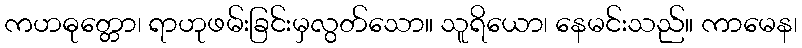
ကဟဓုတ္တော၊ ရာဟုဖမ်းခြင်းမှလွတ်သော။ သူရိယော၊ နေမင်းသည်။ ကာမေန၊